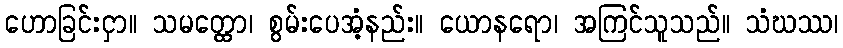
ဟောခြင်းငှာ။ သမတ္ထော၊ စွမ်းပေအံ့နည်း။ ယောနရော၊ အကြင်သူသည်။ သံဃဿ၊